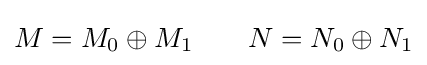
M=M_{0}\oplus M_{1}\qquad N=N_{0}\oplus N_{1}